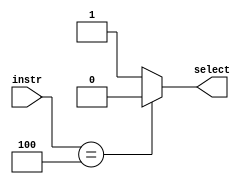
//             Alden Rivera 0416329
//             Jorge Pineda 0416330
`timescale 1ns / 1ps

module branch_sel(
		instr,
		select
    );
input [6-1:0] instr;
output reg select;

always@(*)
begin
if(instr == 6'b000100)
	select = 1'b0;
else
	select = 1'b1;
end

endmodule